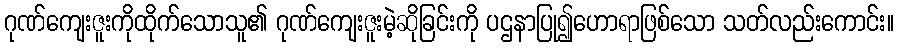
ဂုဏ်ကျေးဇူးကိုထိုက်သောသူ၏ ဂုဏ်ကျေးဇူးမဲ့ဆိုခြင်းကို ပဌနာပြု၍ဟောရာဖြစ်သော သတ်လည်းကောင်း။